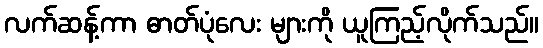
လက်ဆန့်ကာ ဓာတ်ပုံလေး များကို ယူကြည့်လိုက်သည်။